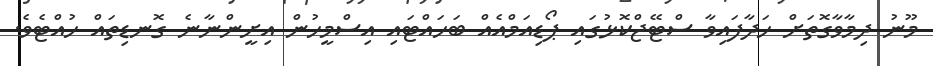
މޫނު ދިމާވާގޮތަށް ހަދާފައިވާ ސްޓޭޖްކޮޅުގައި ޕޯޑިއަމްއެއް ބަހައްޓައި އިސްމީހުން އިށީންނާނެ ގޮނޑިތައް ހުއްޓެވެ.